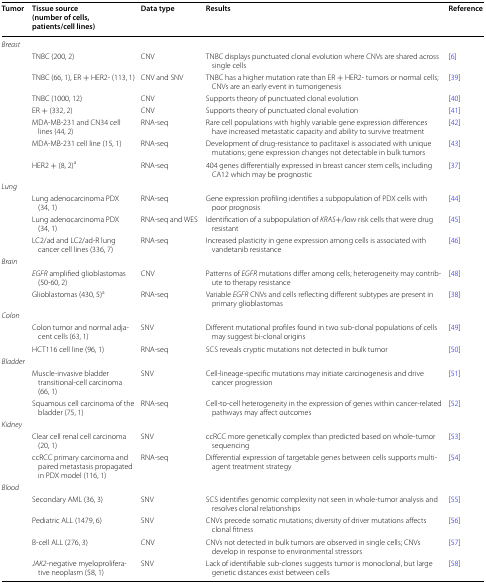
<table><thead><tr><td><b>Tumor</b></td><td><b>Tissue source (number of cells, patients/cell lines)</b></td><td><b>Data type</b></td><td><b>Results</b></td><td><b>Reference</b></td></tr></thead><tbody><tr><td colspan="5"><i>Breast</i></td></tr><tr><td rowspan="7"></td><td>TNBC (200, 2)</td><td>CNV</td><td>TNBC displays punctuated clonal evolution where CNVs are shared across single cells</td><td>[6]</td></tr><tr><td>TNBC (66, 1), ER + HER2- (113, 1)</td><td>CNV and SNV</td><td>TNBC has a higher mutation rate than ER + HER2- tumors or normal cells; CNVs are an early event in tumorigenesis</td><td>[39]</td></tr><tr><td>TNBC (1000, 12)</td><td>CNV</td><td>Supports theory of punctuated clonal evolution</td><td>[40]</td></tr><tr><td>ER + (332, 2)</td><td>CNV</td><td>Supports theory of punctuated clonal evolution</td><td>[41]</td></tr><tr><td>MDA-MB-231 and CN34 cell lines (44, 2)</td><td>RNA-seq</td><td>Rare cell populations with highly variable gene expression differences have increased metastatic capacity and ability to survive treatment</td><td>[42]</td></tr><tr><td>MDA-MB-231 cell line (15, 1)</td><td>RNA-seq</td><td>Development of drug-resistance to paclitaxel is associated with unique mutations; gene expression changes not detectable in bulk tumors</td><td>[43]</td></tr><tr><td>HER2 + (8, 2)<sup>a</sup></td><td>RNA-seq</td><td>404 genes differentially expressed in breast cancer stem cells, including CA12 which may be prognostic</td><td>[37]</td></tr><tr><td colspan="5"><i>Lung</i></td></tr><tr><td rowspan="3"></td><td>Lung adenocarcinoma PDX (34, 1)</td><td>RNA-seq</td><td>Gene expression profiling identifies a subpopulation of PDX cells with poor prognosis</td><td>[44]</td></tr><tr><td>Lung adenocarcinoma PDX (34, 1)</td><td>RNA-seq and WES</td><td>Identification of a subpopulation of <i>KRAS</i>+/low risk cells that were drug resistant</td><td>[45]</td></tr><tr><td>LC2/ad and LC2/ad-R lung cancer cell lines (336, 7)</td><td>RNA-seq</td><td>Increased plasticity in gene expression among cells is associated with vandetanib resistance</td><td>[46]</td></tr><tr><td colspan="5"><i>Brain</i></td></tr><tr><td rowspan="2"></td><td><i>EGFR</i> amplified glioblastomas (50-60, 2)</td><td>CNV</td><td>Patterns of <i>EGFR</i> mutations differ among cells; heterogeneity may contribute to therapy resistance</td><td>[48]</td></tr><tr><td>Glioblastomas (430, 5)<sup>a</sup></td><td>RNA-seq</td><td>Variable <i>EGFR</i> CNVs and cells reflecting different subtypes are present in primary glioblastomas</td><td>[38]</td></tr><tr><td colspan="5"><i>Colon</i></td></tr><tr><td rowspan="2"></td><td>Colon tumor and normal adjacent cells (63, 1)</td><td>SNV</td><td>Different mutational profiles found in two sub-clonal populations of cells may suggest bi-clonal origins</td><td>[49]</td></tr><tr><td>HCT116 cell line (96, 1)</td><td>RNA-seq</td><td>SCS reveals cryptic mutations not detected in bulk tumor</td><td>[50]</td></tr><tr><td colspan="5"><i>Bladder</i></td></tr><tr><td rowspan="2"></td><td>Muscle-invasive bladder transitional-cell carcinoma (66, 1)</td><td>SNV</td><td>Cell-lineage-specific mutations may initiate carcinogenesis and drive cancer progression</td><td>[51]</td></tr><tr><td>Squamous cell carcinoma of the bladder (75, 1)</td><td>RNA-seq</td><td>Cell-to-cell heterogeneity in the expression of genes within cancer-related pathways may affect outcomes</td><td>[52]</td></tr><tr><td colspan="5"><i>Kidney</i></td></tr><tr><td rowspan="2"></td><td>Clear cell renal cell carcinoma (20, 1)</td><td>SNV</td><td>ccRCC more genetically complex than predicted based on whole-tumor sequencing</td><td>[53]</td></tr><tr><td>ccRCC primary carcinoma and paired metastasis propagated in PDX model (116, 1)</td><td>RNA-seq</td><td>Differential expression of targetable genes between cells supports multi-agent treatment strategy</td><td>[54]</td></tr><tr><td rowspan="5"><i>Blood</i></td><td></td><td></td><td></td><td></td></tr><tr><td>Secondary AML (36, 3)</td><td>SNV</td><td>SCS identifies genomic complexity not seen in whole-tumor analysis and resolves clonal relationships</td><td>[55]</td></tr><tr><td>Pediatric ALL (1479, 6)</td><td>SNV</td><td>CNVs precede somatic mutations; diversity of driver mutations affects clonal fitness</td><td>[56]</td></tr><tr><td>B-cell ALL (276, 3)</td><td>CNV</td><td>CNVs not detected in bulk tumors are observed in single cells; CNVs develop in response to environmental stressors</td><td>[57]</td></tr><tr><td><i>JAK2</i>-negative myeloproliferative neoplasm (58, 1)</td><td>SNV</td><td>Lack of identifiable sub-clones suggests tumor is monoclonal, but large genetic distances exist between cells</td><td>[58]</td></tr></tbody></table>